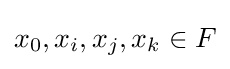
x_{0},x_{i},x_{j},x_{k}\in F